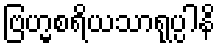
ဗြဟ္မစရိယသာရုပ္ပါနိ